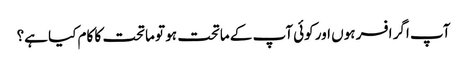
آپ اگر افسر ہوں اور کوئی آپ کے ماتحت ہو تو ماتحت کا کام کیا ہے؟